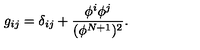
g _ { i j } = \delta _ { i j } + \frac { \phi ^ { i } \phi ^ { j } } { ( \phi ^ { N + 1 } ) ^ { 2 } } .